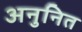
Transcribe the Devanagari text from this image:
अनुनित